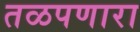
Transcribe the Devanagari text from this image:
तळपणारा